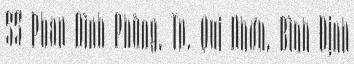
55 Phan Đình Phùng, Tp. Qui Nhơn, Bình Định